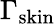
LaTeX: \Gamma_{\mathrm{skin}}